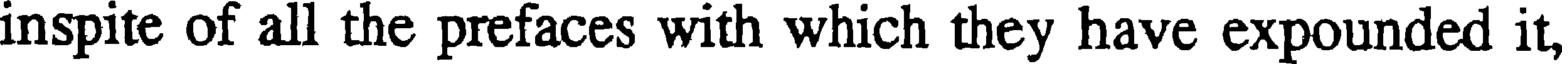
inspite of all the prefaces with which they have expounded it,